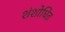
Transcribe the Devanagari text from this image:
शंशोधित